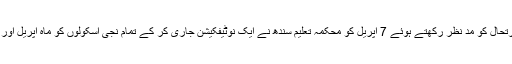
واضح رہے کہ کورونا وائرس کے باعث درپیش صورتحال کو مدِ نظر رکھتے ہوئے 7 اپریل کو محکمہ تعلیم سندھ نے ایک نوٹیفکیشن جاری کر کے تمام نجی اسکولوں کو ماہ اپریل اور مئی کی فیسوں میں 20 فیصد کمی کی ہدایت کی تھی۔